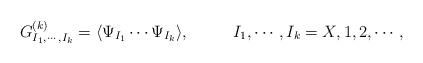
LaTeX: \begin{align*}G^{(k)}_{I_{1},\cdots,I_{k}} = \langle\Psi_{I_{1}}\cdots\Psi_{I_{k}}\rangle, ~~~~~~~~ I_{1},\cdots,I_{k}=X,1,2,\cdots, \end{align*}